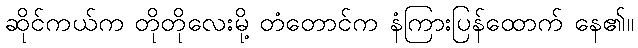
ဆိုင်ကယ်က တိုတိုလေးမို့ တံတောင်က နံကြားပြန်ထောက် နေ၏။